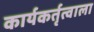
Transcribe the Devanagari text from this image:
कार्यकर्तृत्वाला